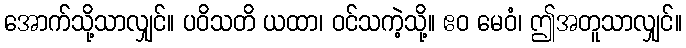
အောက်သို့သာလျှင်။ ပဝိသတိ ယထာ၊ ဝင်သကဲ့သို့။ ဧဝ မေဝံ၊ ဤအတူသာလျှင်။